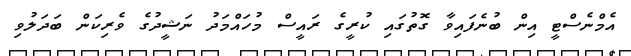
އެމްނެސްޓީ އިން ބުނެފައިވާ ގޮތުގައި ކުރީގެ ރައީސް މުހައްމަދު ނަޝީދުގެ ވެރިކަން ބަދަލުވި